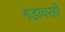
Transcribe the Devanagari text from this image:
गडावरही